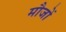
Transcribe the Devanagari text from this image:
मौजों